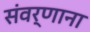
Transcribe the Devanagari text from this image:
संवर्णाना